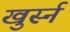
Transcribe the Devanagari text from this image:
खुर्स्न